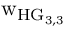
\mathrm { w _ { H G _ { 3 , 3 } } }